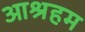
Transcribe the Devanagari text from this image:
आश्रहम